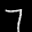
Label: 7